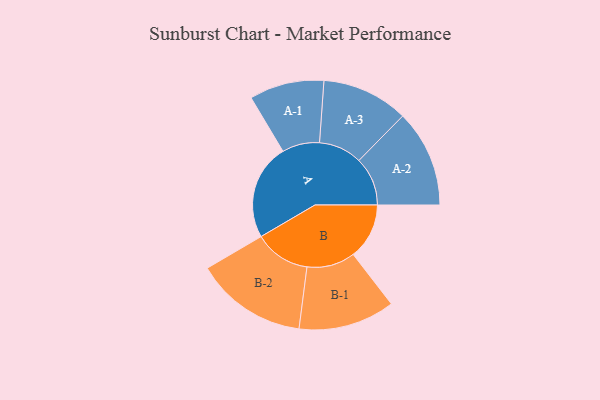
{"axis": {"x": "Segment", "y": "Value"}, "legend": ["", "A", "B"], "data": [{"x": "A", "y": 469, "type": ""}, {"x": "B", "y": 274, "type": ""}, {"x": "A-1", "y": 183, "type": "A"}, {"x": "A-2", "y": 238, "type": "A"}, {"x": "A-3", "y": 212, "type": "A"}, {"x": "B-1", "y": 236, "type": "B"}, {"x": "B-2", "y": 274, "type": "B"}]}